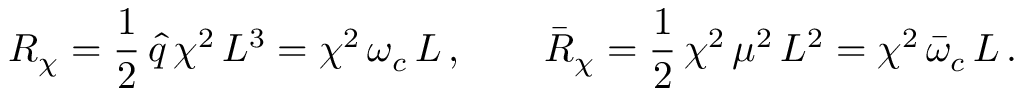
R _ { \chi } = \frac { 1 } { 2 } \, \hat { q } \, \chi ^ { 2 } \, L ^ { 3 } = \chi ^ { 2 } \, \omega _ { c } \, L \, , \qquad \bar { R } _ { \chi } = \frac { 1 } { 2 } \, \chi ^ { 2 } \, \mu ^ { 2 } \, L ^ { 2 } = \chi ^ { 2 } \, \bar { \omega } _ { c } \, L \, .